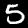
Label: 5